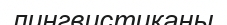
лингвистиканы